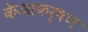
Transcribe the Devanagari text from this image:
केआकर्षण